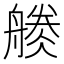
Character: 𱼾